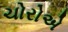
ચોરોએ